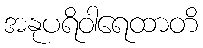
အနုပရိဝါရေထာတိ